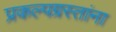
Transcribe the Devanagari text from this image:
प्रकल्पग्रस्तांना